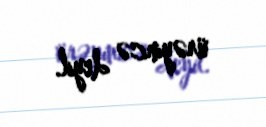
ürəyincə deyil.